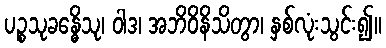
ပဉ္စသုခန္ဓေိသု၊ ဝါဒ၊ အဘိဝိနိသိတွာ၊ နှစ်လုံးသွင်း၍။